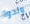
ولدوا